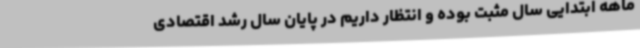
ماهه ابتدایی سال مثبت بوده و انتظار داریم در پایان سال رشد اقتصادی